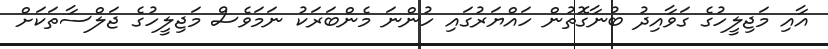
އާއި މަޖިލީހުގެ ގަވާއިދު ބުނާގޮތުން ހައްޔަރުގައި ހުންނަ މެންބަރަކު ނަމަވެސް މަޖިލީހުގެ ޖަލްސާތަކަށް